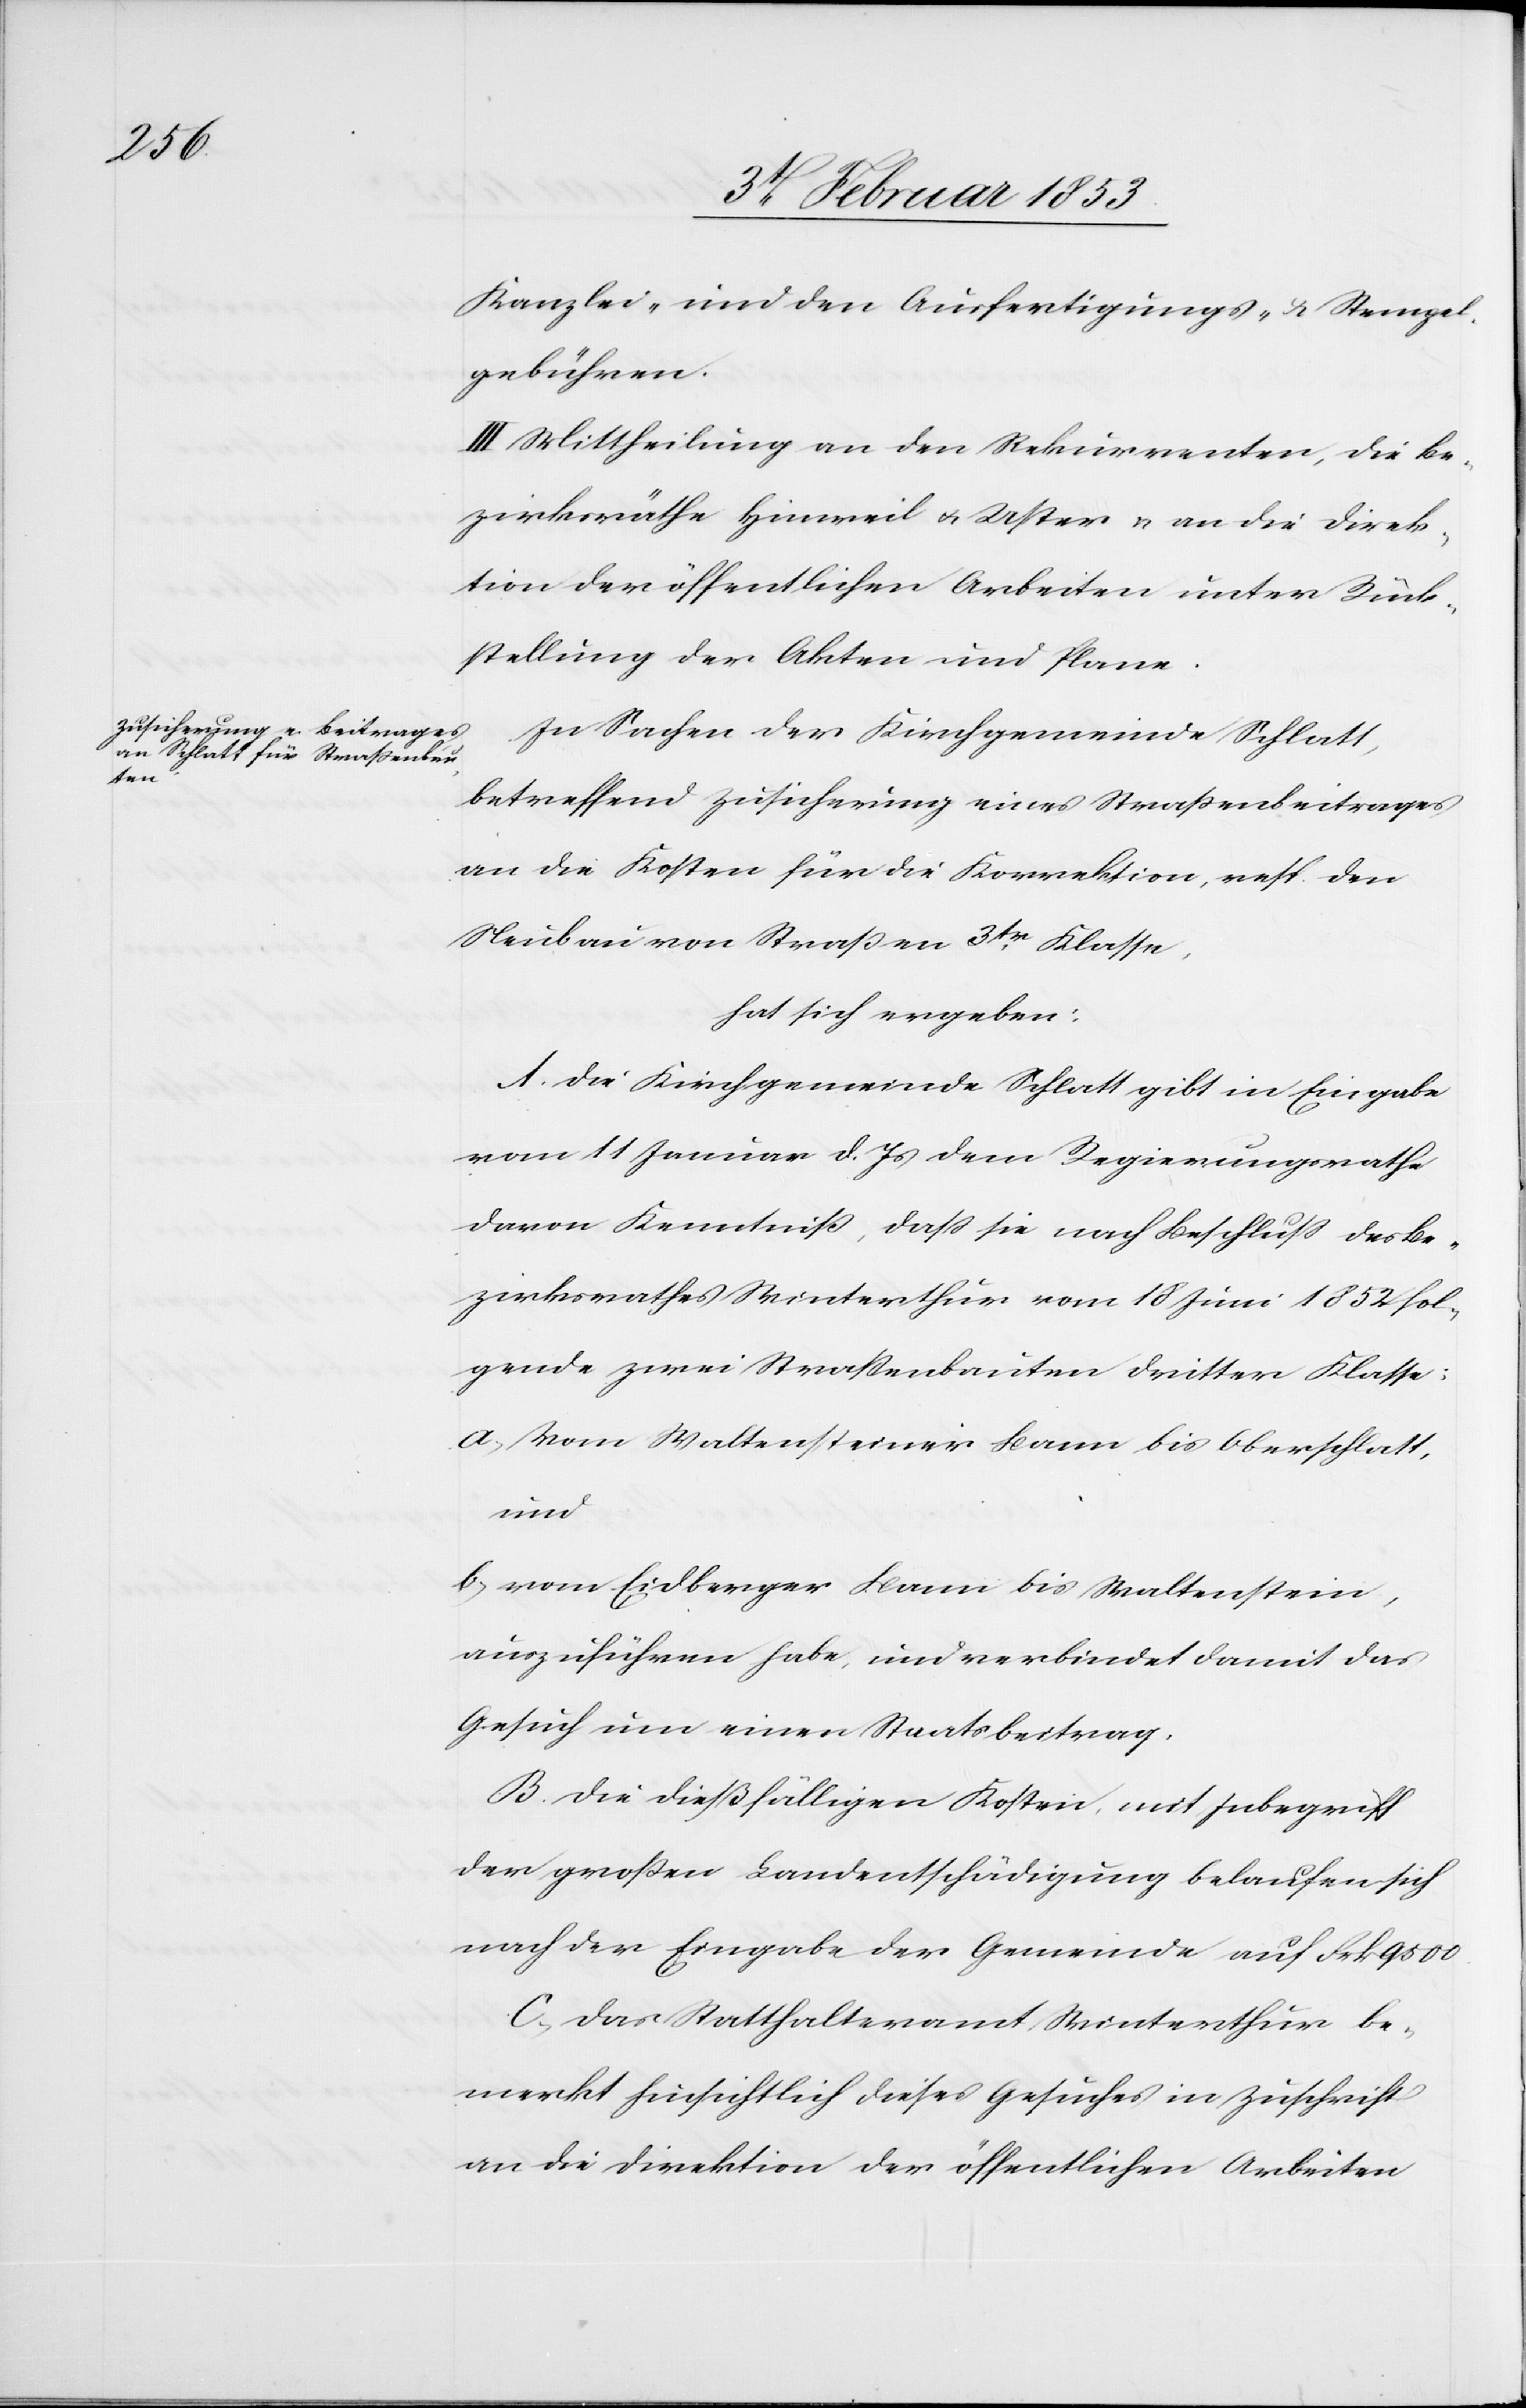
Kanzlei- und den Ausfertigungs- u. Stempel¬
gebühren.
III. Mittheilung an den Rekurrenten, die Be¬
zirksräthe Hinweil u. Uster u. an die Direk¬
tion der öffentlichen Arbeiten unter Rück¬
stellung der Akten und Plane.
In Sachen der Kirchgemeinde Schlatt,
betreffend Zusicherung eines Straßenbeitrages
an die Kosten für die Korrektion, resp. den
Neubau von Straßen 3tr. Klasse,
hat sich ergeben:
A. Die Kirchgemeinde Schlatt gibt in Eingabe
vom 11 Januar d. Js. dem Regierungsrathe
davon Kenntniß, daß die nach Beschluß des Be¬
zirksrathes Winterthur vom 18 Juni 1852 fol¬
gende zwei Straßenarbeiten dritter Klasse:
a, Vom Waltensteiner Baum bis Oberglatt,
und
b, vom Eidberger Baum bis Waltenstein,
auszuführen habe, und verbindet damit das
Gesuch um einen Staatsbeitrag.
B. Die dießfälligen Kosten, mit Inbegriff
der großen Landentschädigung belaufen sich
nach der Eingabe der Gemeinde auf Frk 9500.
C. Das Statthalteramt Winterthur be¬
merkt hinsichtlich dieses Gesuches in Zuschrift
an die Direktion der öffentlichen Arbeiten